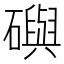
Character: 礖